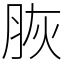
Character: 脄